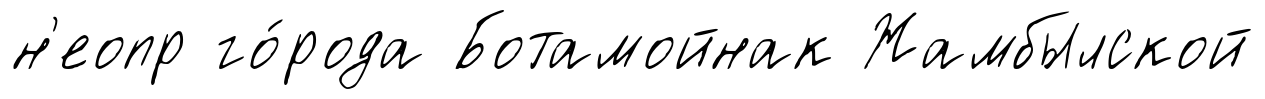
н'еопр го́рода Ботамойнак Жамбылской